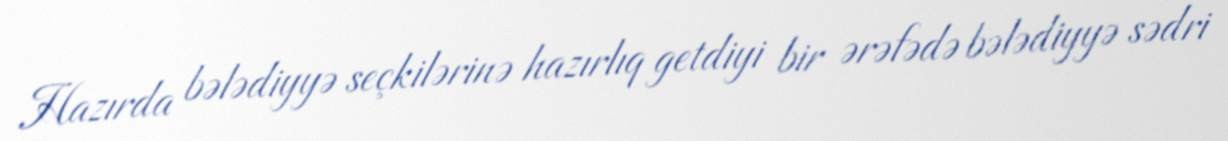
Hazırda bələdiyyə seçkilərinə hazırlıq getdiyi bir ərəfədə bələdiyyə sədri